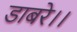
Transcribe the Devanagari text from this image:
डाबरे।।